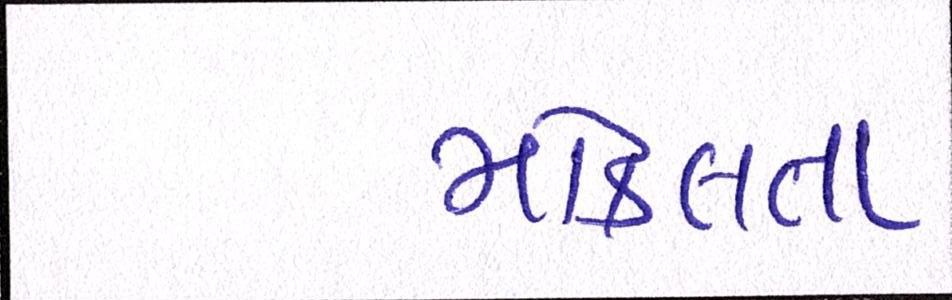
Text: મોકલતા